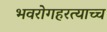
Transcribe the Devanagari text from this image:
भवरोगहरत्याच्च